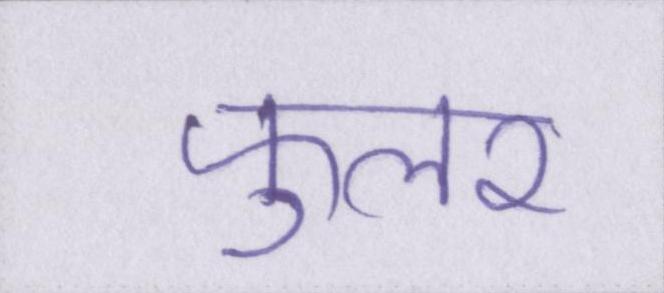
फुलर